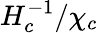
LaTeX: {H_{c}^{-1}}/{\chi_{c}}